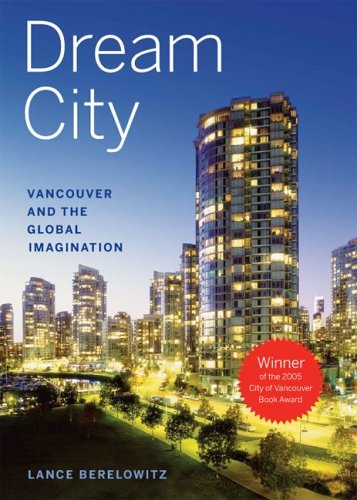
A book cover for Dream City: Vancouver and the Global Imagination; Lance Berelowitz; Travel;